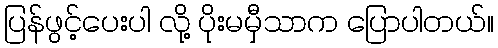
ပြန်ဖွင့်ပေးပါ လို့ ပိုးမမှီသာက ပြောပါတယ်။